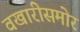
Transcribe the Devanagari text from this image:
वखारीसमोर